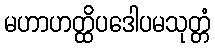
မဟာဟတ္ထိပဒေါပမသုတ္တံ